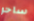
ساحر